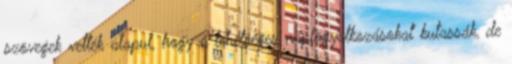
szövegek vették alapul, hogy a lehetséges napfogyatkozásokat kutassák, de